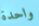
واحدة